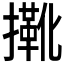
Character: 𢶤